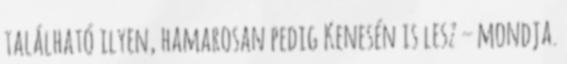
található ilyen, hamarosan pedig Kenesén is lesz – mondja.